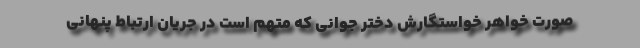
صورت خواهر خواستگارش دختر جوانی که متهم است در جریان ارتباط پنهانی